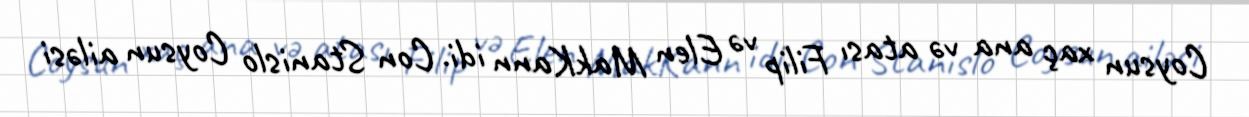
Coysun xaç ana və atası Filip və Elen MakKann idi. Con Stanislo Coysun ailəsi